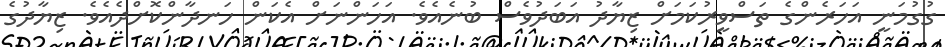
ގުގުމަނީ އަހަރެންގެ ތަސްވީރުކަމަށް ޒިޔާދު އަބަދުވެސް ބުނެއެވެ. އަހަންނަށް އެކަން ހަނދާންކޮށްދެއެވެ. ޒިޔާދުގެ